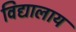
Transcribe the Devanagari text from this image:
विद्यालाय